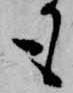
も